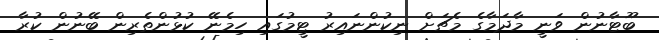
ބޫޓާނުން ވަނީ މާދަމާގެ މެޗަށް ނިކުންނައިރު ޓީމުގައި ހިމެނޭ ކުޅުންތެރިން ބޭނުން ކުރާ